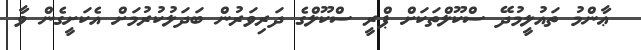
ޢާންމު ތައުލީމުދޭ ސްކޫލްތަކަށް ޕްރީ ސްކޫލްގެ ދަރިވަރުން ބަދަލުކުރުމަށް އެކަށީގެން ވާ